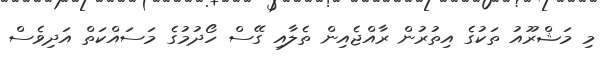
މި މަޝްރޫއު ތަކުގެ އިތުރުން ރާއްޖެއިން ތެލާއި ގޭސް ހޯދުމުގެ މަސައްކަތް އަދިވެސް